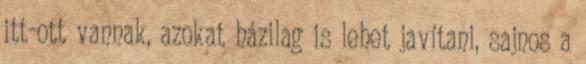
itt-ott vannak, azokat házilag is lehet javítani, sajnos a